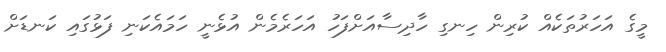
މީގެ އަހަރުތަކެއް ކުރިން ހިނގި ހާދިސާއަށްފަހު އަހަރެމެން އުޅެނީ ހަމައެކަނި ފަޅުގައި ކަނޑަށް